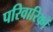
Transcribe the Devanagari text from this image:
परिवारिकों